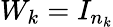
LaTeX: W_{k}=I_{n_{k}}